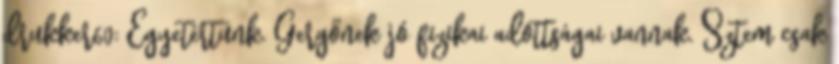
drukker60: Egyetértünk. Gergőnek jó fizikai adottságai vannak. Sztem csak